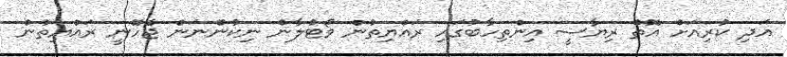
އަދި ކުރިއަށް އޮތް ރިޔާސީ އިންތިހާބުގައި ރައްޔިތުން ވޯޓުލާން ނިކުންނަން ޖެހޭނީ ރައްޔިތުން